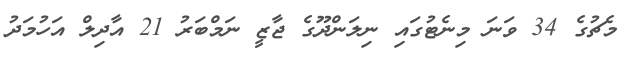
މެޗުގެ 34 ވަނަ މިނެޓުގައި ނިލަންދޫގެ ޖާޒީ ނަމްބަރު 21 އާދިލް އަހުމަދު